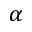
\alpha